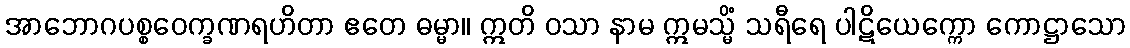
အာဘောဂပစ္စဝေက္ခဏရဟိတာ ဧတေ ဓမ္မာ။ ဣတိ ဝသာ နာမ ဣမသ္မိံ သရီရေ ပါဋိယေက္ကော ကောဋ္ဌာသော